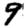
Digit: 9